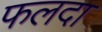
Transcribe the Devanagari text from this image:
फलदा